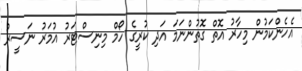
އެހެންކަމުން މިހާރު އޮތް ގޮތުންނަމަ އަދި ކުރީގެ ހޯމް މިނިސްޓަރު އުމަރު ނަސީރު